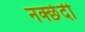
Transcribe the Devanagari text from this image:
नक्छेदी